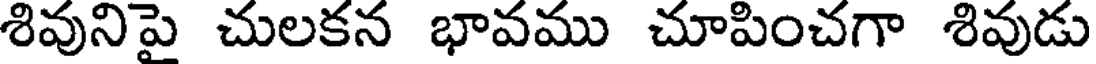
శివునిపై చులకన భావము చూపించగా శివుడు